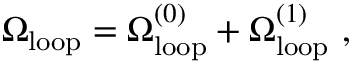
\Omega _ { \mathrm { l o o p } } = \Omega _ { \mathrm { l o o p } } ^ { ( 0 ) } + \Omega _ { \mathrm { l o o p } } ^ { ( 1 ) } \ ,